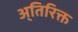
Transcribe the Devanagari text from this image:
अ्तिरिक्त